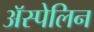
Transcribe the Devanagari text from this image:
अॅस्पेलिन